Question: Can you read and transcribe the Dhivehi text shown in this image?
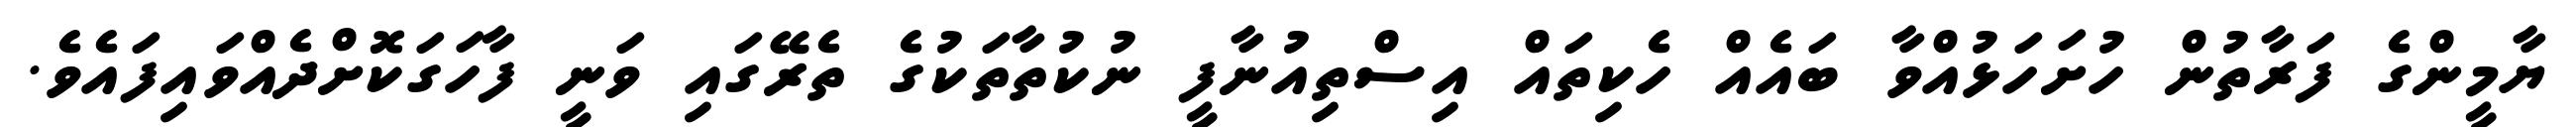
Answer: ޔާމީންގެ ފަރާތުން ހުށަހަޅުއްވާ ބައެއް ހެކިތައް އިސްތިއުނާފީ ނުކުތާތަކުގެ ތެރޭގައި ވަނީ ފާހަގަކޮށްދެއްވައިފައެވެ.